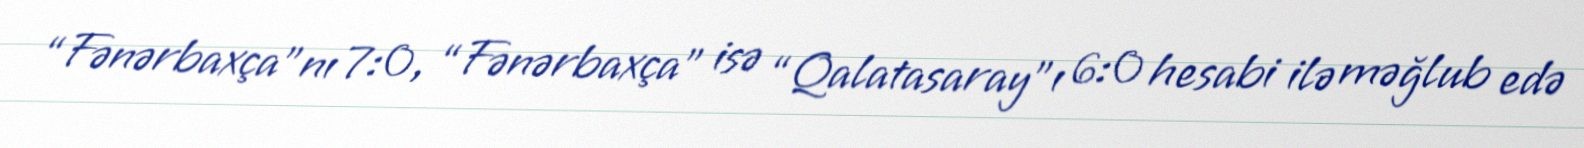
“Fənərbaxça”nı 7:0, “Fənərbaxça” isə “Qalatasaray”ı 6:0 hesabi ilə məğlub edə